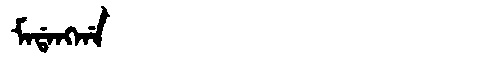
Manchu: ᠮᠠᡩᠠᠩᡤᠠ
Romanization: MADANGGA